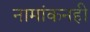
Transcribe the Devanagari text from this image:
नामांकनही